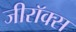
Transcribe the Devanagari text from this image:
जीराॅक्स